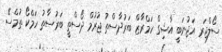
ސޯލްޖަރ އަޖުނަބީ އާޝިގް ހަމްރާޒް ބަރުދާސްތު ޖުރުމް ދޯސްތީ ބަރުސާތު ހަމްކޯ ތުމްސޭ